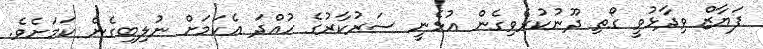
ފަޔާޒް ވިދާޅުވީ ގޯތި ދޫނުކުރެވިގެން އުޅެނީ ސަރުކާރުގެ ހުއްދަ އެކަމަށް ނުލިބިގެން ކަމަށެވެ.